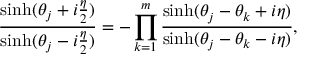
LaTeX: \frac { \sinh ( { \theta _ { j } + i { \frac { \eta } { 2 } } } ) } { \sinh ( { \theta _ { j } - i { \frac { \eta } { 2 } } } ) } = - \prod _ { k = 1 } ^ { m } \frac { \sinh ( { \theta _ { j } - \theta _ { k } + i \eta } ) } { \sinh ( { \theta _ { j } - \theta _ { k } - i \eta } ) } ,